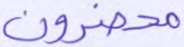
محضرون